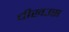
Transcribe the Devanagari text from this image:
चीखउस